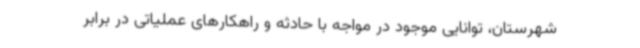
شهرستان، توانایی موجود در مواجه با حادثه و راهکارهای عملیاتی در برابر